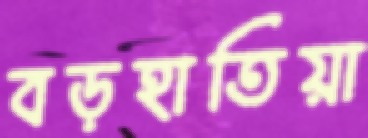
বড়হাতিয়া